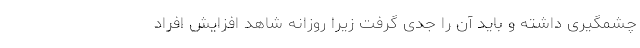
چشمگیری داشته و باید آن را جدی گرفت زیرا روزانه شاهد افزایش افراد